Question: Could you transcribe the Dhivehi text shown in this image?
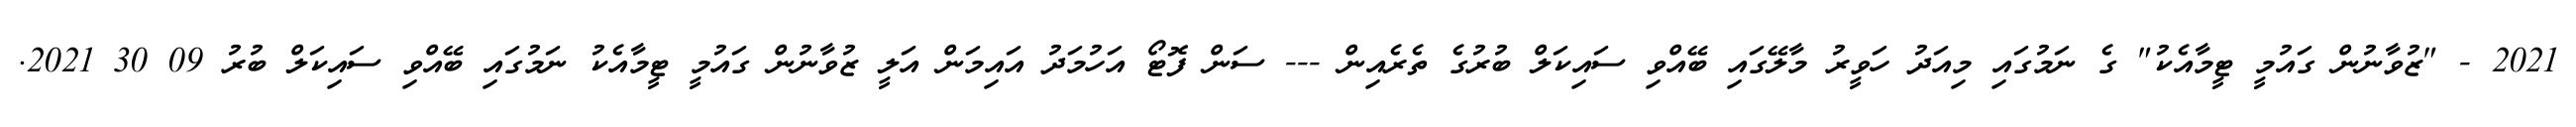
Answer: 2021 - "ޒުވާނުން ގައުމީ ޓީމާއެކު" ގެ ނަމުގައި މިއަދު ހަވީރު މާލޭގައި ބޭއްވި ސައިކަލް ބުރުގެ ތެރެއިން --- ސަން ފޮޓޯ އަހުމަދު އައިމަން އަލީ ޒުވާނުން ގައުމީ ޓީމާއެކު ނަމުގައި ބޭއްވި ސައިކަލް ބުރު 09 30 2021.